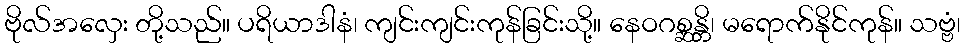
ဗိုလ်အလှေး တို့သည်။ ပရိယာဒါနံ၊ ကျင်းကျင်းကုန်ခြင်းသို့။ နေဝဂစ္ဆန္တိ၊ မရောက်နိုင်ကုန်။ သဗ္ဗံ၊